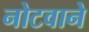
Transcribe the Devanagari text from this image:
नोटवाने